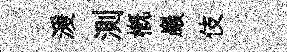
湲測槪巖伎